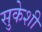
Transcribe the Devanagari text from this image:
सुकेशी